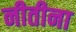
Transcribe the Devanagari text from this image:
नीतीना